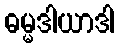
ဓမ္မဒါယာဒါ